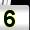
Digit: 5